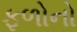
ફળોનો